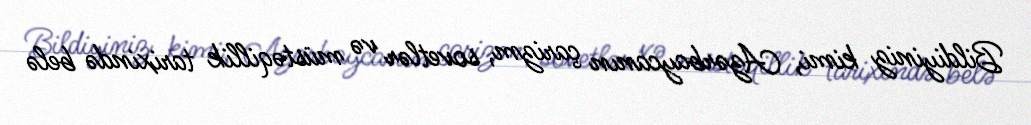
Bildiyiniz kimi, Azərbaycanın çarizm, sovetlər və müstəqillik tarixində belə